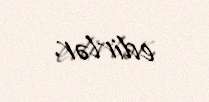
edirlər.